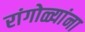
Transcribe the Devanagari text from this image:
रांगोळ्यांना